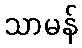
သာမန်